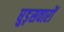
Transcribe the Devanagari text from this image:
घुड़़सवारों